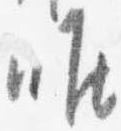
唯